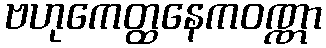
ဗဟုကေတ္ထနေကဝဏ္ဏာ